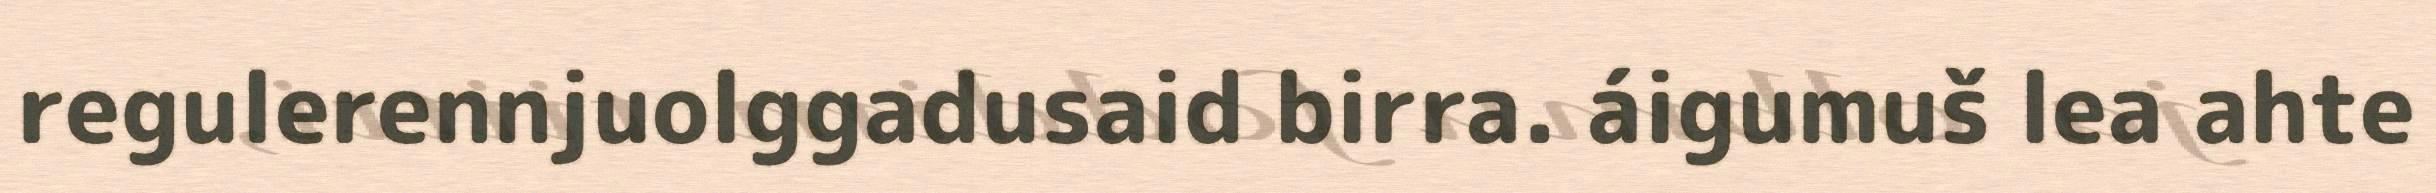
regulerennjuolggadusaid birra. áigumuš lea ahte